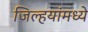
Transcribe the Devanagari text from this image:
जिल्हयांमध्ये